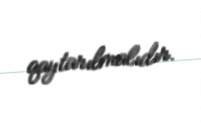
qaytarılmalıdır.